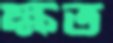
ক্ষত